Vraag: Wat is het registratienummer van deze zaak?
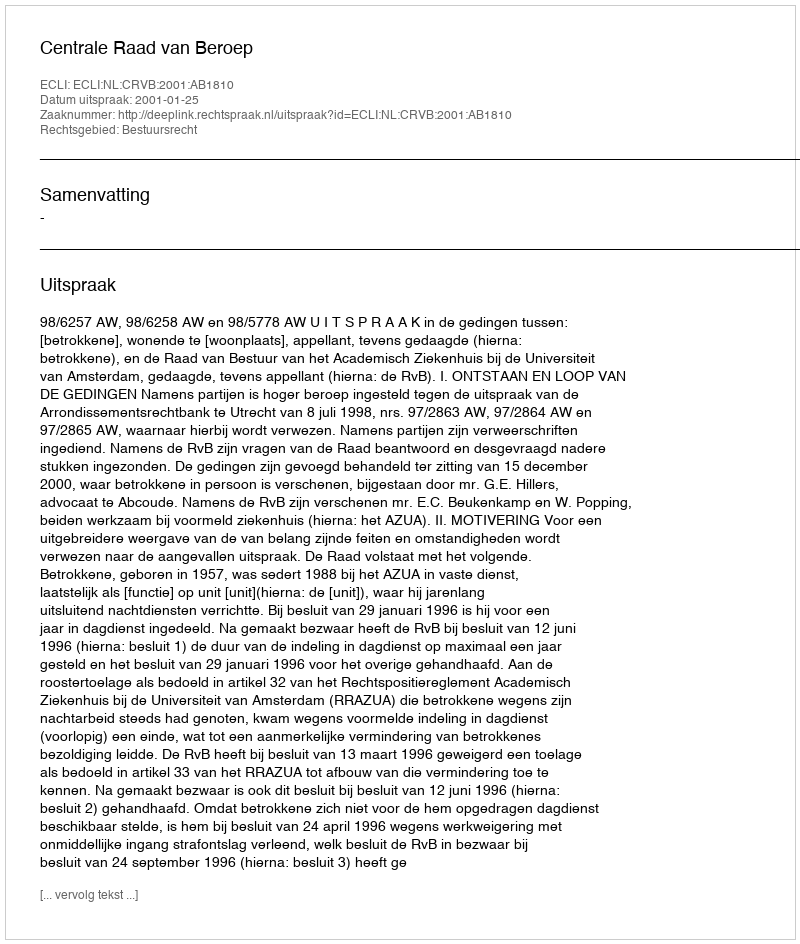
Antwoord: http://deeplink.rechtspraak.nl/uitspraak?id=ECLI:NL:CRVB:2001:AB1810